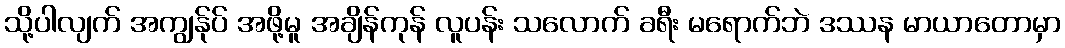
သို့ပါလျက် အကျွန်ုပ် အဖို့မူ အချိန်ကုန် လူပန်း သလောက် ခရီး မရောက်ဘဲ ဒဿန မာယာတောမှာ